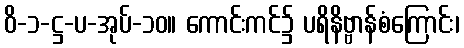
ဝိ-၁-ဋ္ဌ-ပ-အုပ်-၁၀။ ကောင်းကင်၌ ပရိနိဗ္ဗာန်စံကြောင်း၊